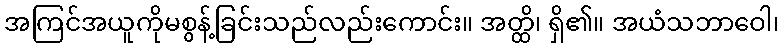
အကြင်အယူကိုမစွန့်ခြင်းသည်လည်းကောင်း။ အတ္ထိ၊ ရှိ၏။ အယံသဘာဝေါ၊